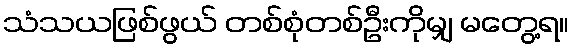
သံသယဖြစ်ဖွယ် တစ်စုံတစ်ဦးကိုမျှ မတွေ့ရ။